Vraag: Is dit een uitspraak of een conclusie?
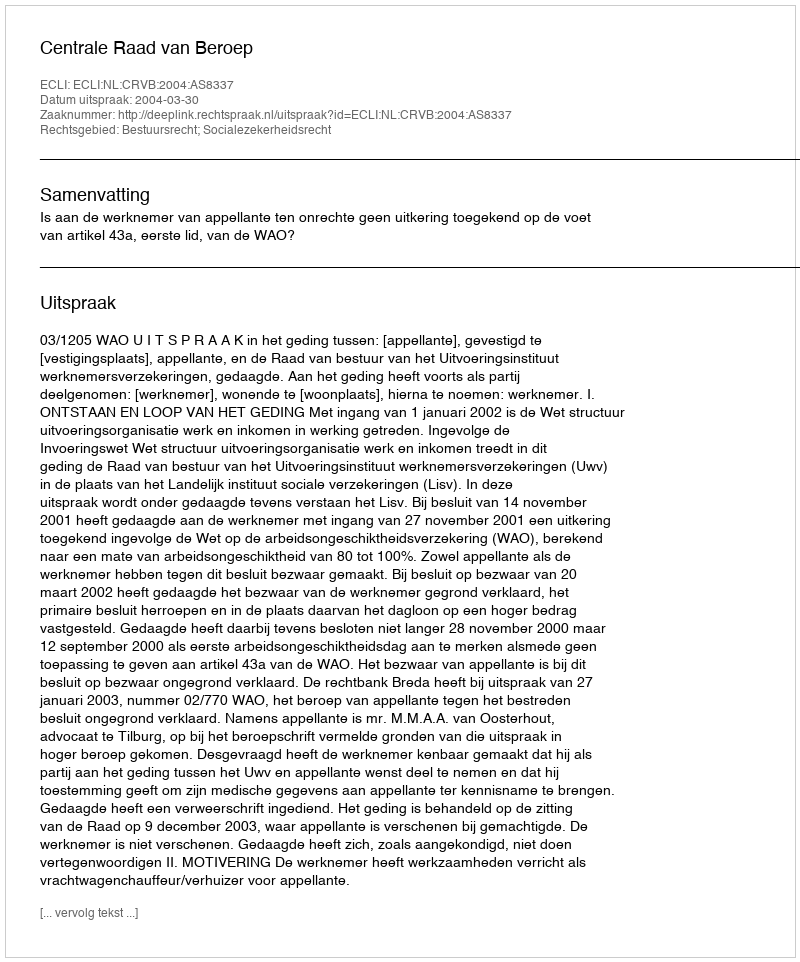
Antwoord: Uitspraak